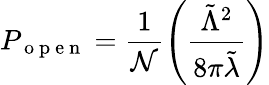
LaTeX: P_{\mathrm{~o~p~e~n~}}=\frac{1}{\mathcal{N}}\left(\frac{\tilde{\Lambda}^{2}}{8\pi\tilde{\lambda}}\right)